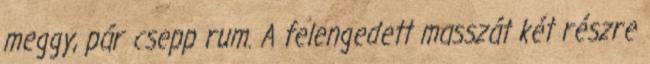
meggy, pár csepp rum. A felengedett masszát két részre